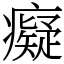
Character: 癡